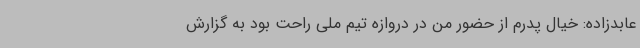
عابدزاده: خیال پدرم از حضور من در دروازه تیم ملی راحت بود به گزارش